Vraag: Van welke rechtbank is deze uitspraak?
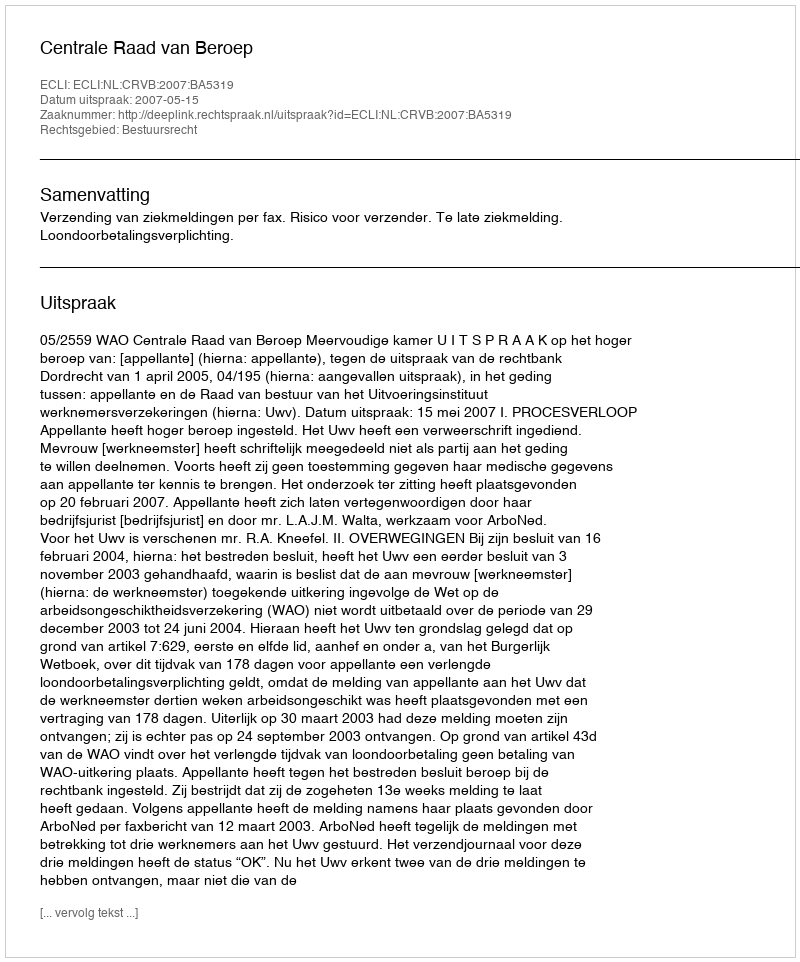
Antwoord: Centrale Raad van Beroep